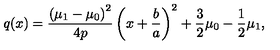
q ( x ) = { \frac { \left( \mu _ { 1 } - \mu _ { 0 } \right) ^ { 2 } } { 4 p } } \left( x + { \frac { b } { a } } \right) ^ { 2 } + { \frac { 3 } { 2 } } \mu _ { 0 } - { \frac { 1 } { 2 } } \mu _ { 1 } ,